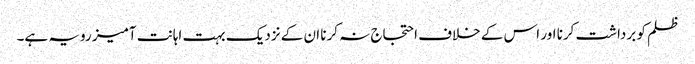
ظلم کو برداشت کرنا اور اس کے خلاف احتجاج نہ کرنا ان کے نزدیک بہت اہانت آمیز رویہ ہے۔